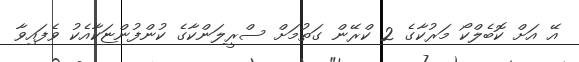
އޭ އަށް ކޮބެލްކޯ މަރުކާގެ 2 ކްރޭން ގަތުމަށް ސްރީލަންކާގެ ކުންފުންޏަކާއެކު ވެފައިވާ